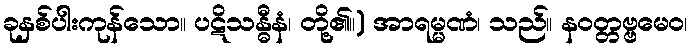
ခုနှစ်ပါးကုန်သော။ ပဋိသန္ဓီနံ၊ တို့၏။) အာရမ္မဏံ၊ သည်။ နဝတ္တဗ္ဗမေဝ၊